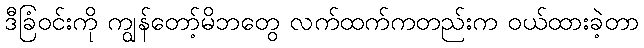
ဒီခြံဝင်းကို ကျွန်တော့်မိဘတွေ လက်ထက်ကတည်းက ဝယ်ထားခဲ့တာ